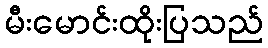
မီးမောင်းထိုးပြသည်